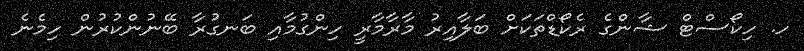
ހ. ހިކޯސްޓް ޝާންގެ ރެކޯޑްތަކަށް ބަލާއިރު މާރާމާރީ ހިންގުމާއި ބަނގުރާ ބޭނުންކުރުން ހިމެނެ